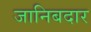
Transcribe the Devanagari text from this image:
जानिबदार